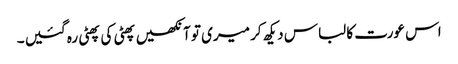
اس عورت کا لباس دیکھ کر میری تو آنکھیں پھٹی کی پھٹی رہ گئیں ۔